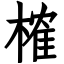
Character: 榷